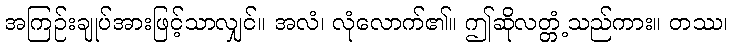
အကြဉ်းချုပ်အားဖြင့်သာလျှင်။ အလံ၊ လုံလောက်၏။ ဤဆိုလတ္တံ့သည်ကား။ တဿ၊